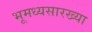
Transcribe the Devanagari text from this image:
भूमध्यसारख्या